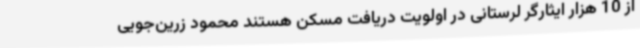
از 10 هزار ایثارگر لرستانی در اولویت دریافت مسکن هستند محمود زرین‌جویی